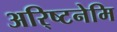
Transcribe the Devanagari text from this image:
अरि्ष्टनेमि